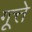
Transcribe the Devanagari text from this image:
गूत्ते